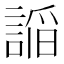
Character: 𮘦